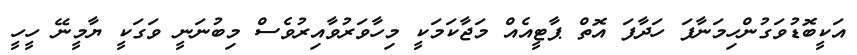
އަކީބޮޑުވަގުންހިމަނާފަ ހަދާފަ އޮތް ޕާޓީއެއް މަޖާކަމަކީ މިހާވަރުވާއިރުވެސް މިބުނަނީ ވަގަކީ ޔާމީނޭ ހީހީ